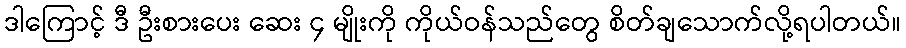
ဒါကြောင့် ဒီ ဦးစားပေး ဆေး ၄ မျိုးကို ကိုယ်ဝန်သည်တွေ စိတ်ချသောက်လို့ရပါတယ်။